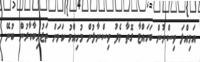
އަމިއްލަ ވިސްނުން ބަހައްޓާ ގޮތާ މެދު ވިސްނާލުން މުހިއްމު ކަމަށް ތަޖުރިބާކާރުން ބުނޭ.